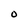
Character: O